Vaccination in the Punjab 1897-1904 - 1897-1904
Year: 1897
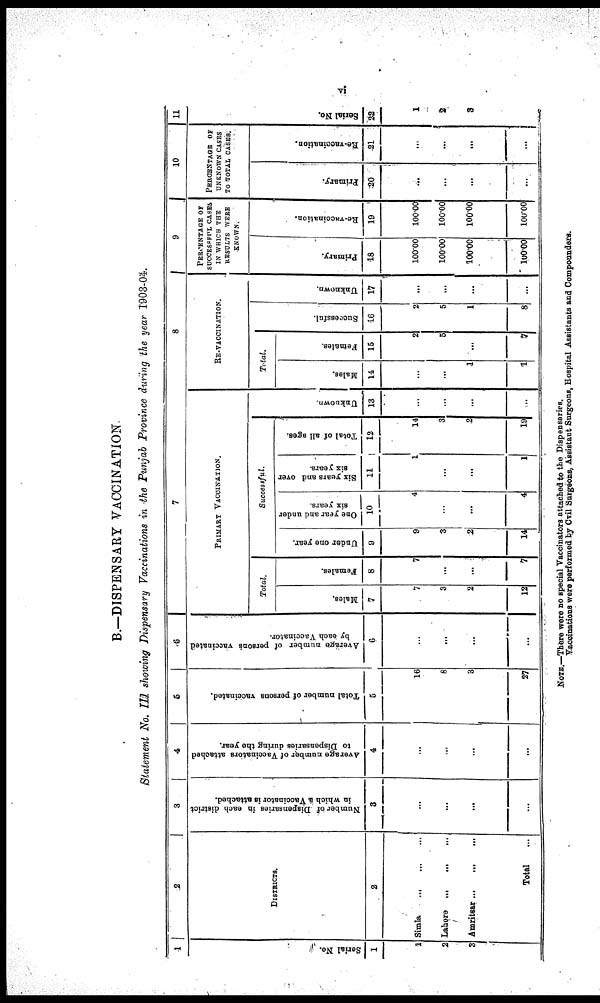
vi
B.—DISPENSARY VACCINATION
Statement No. III showing Dispensary Vaccinations in the Punjab Province during the year 1903-04.
1
Serial No.
1
1
2
3
2
DISTRICTS.
2
Simla
...
...
...
Lahore
...
...
...
Amritsar ...
...
...
Total ...
3
Number of Dispensaries in each district
in which a Vaccinator is attached.
3
...
...
...
...
4
Average number of Vaccinators attached
to Dispensaries during the year.
4
...
...
...
...
5
Total number of persons vaccinated.
5
16
8
3
27
6
Average number of persons vaccinated
by each Vaccinator.
6
...
...
...
...
7
PRIMARY VACCINATION.
Total.
Males.
7
7
3
2
12
Females.
8
7
...
...
7
Successful.
Under one year.
9
9
3
2
14
One year and under
six year s.
10
4
...
...
4
Six years and over
six years.
11
1
...
...
1
Total of all ages.
12
14
3
2
19
Unknown.
13
...
...
...
...
8
RE-VACCINATION.
Total.
Males.
14
...
...
1
1
Females.
15
2
5
...
7
Successful.
16
2
5
1
8
Unknown.
17
...
...
...
...
9
PERCENTAGE OF
SUCCESSFUL CASES
IN WHICH THE
RESULTS WERE
KNOWN.
Primary.
18
100.00
100.00
100.00
100.00
Re-vaccination.
19
100.00
100.00
100.00
l00.00
10
PERCENTAGE OF
UNKNOWN CASES
TO TOTAL CASES.
Primary.
20
...
...
...
...
Re-vaccination.
21
...
...
...
...
11
Serial No.
22
1
2
3
NOTE.—There were no special Vaccinators attached to the Dispensaries.
Vaccinations were performed by Cvil Surgeons, Assistant Surgeons, Hospital Assistants and Compounders.